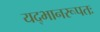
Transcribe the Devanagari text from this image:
यद्भानरूपतः